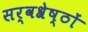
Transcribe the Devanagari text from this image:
सर्वश्रेष्ठों